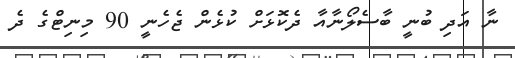
ނާ އަދި ބުނީ ބާސެލޯނާއާ ދެކޮޅަށް ކުޅެން ޖެހެނީ 90 މިނިޓްގެ ދެ